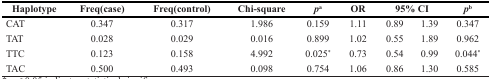
<table><thead><tr><td><b>Haplotype</b></td><td><b>Freq(case)</b></td><td><b>Freq(control)</b></td><td><b>Chi-square</b></td><td><b><i>p</i><sup>a</sup></b></td><td><b>OR</b></td><td colspan="2"><b>95% CI</b></td><td><b><i>p</i><sup>b</sup></b></td></tr></thead><tbody><tr><td>CAT</td><td>0.347</td><td>0.317</td><td>1.986</td><td>0.159</td><td>1.11</td><td>0.89</td><td>1.39</td><td>0.347</td></tr><tr><td>TAT</td><td>0.028</td><td>0.029</td><td>0.016</td><td>0.899</td><td>1.02</td><td>0.55</td><td>1.89</td><td>0.962</td></tr><tr><td>TTC</td><td>0.123</td><td>0.158</td><td>4.992</td><td>0.025*</td><td>0.73</td><td>0.54</td><td>0.99</td><td>0.044*</td></tr><tr><td>TAC</td><td>0.500</td><td>0.493</td><td>0.098</td><td>0.754</td><td>1.06</td><td>0.86</td><td>1.30</td><td>0.585</td></tr></tbody></table>